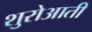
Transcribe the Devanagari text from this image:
शुरोआती